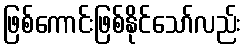
ဖြစ်ကောင်းဖြစ်နိုင်သော်လည်း